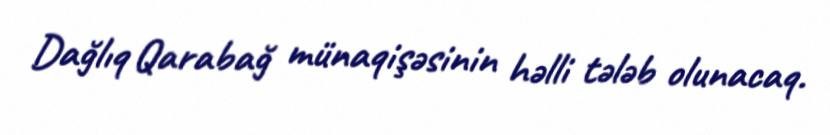
Dağlıq Qarabağ münaqişəsinin həlli tələb olunacaq.